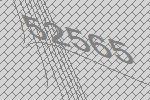
52565